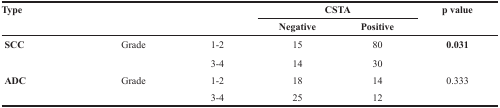
<table><thead><tr><td rowspan="2"><b>Type</b></td><td rowspan="2"></td><td rowspan="2"></td><td colspan="2"><b>CSTA</b></td><td rowspan="2"><b>p value</b></td></tr><tr><td><b>Negative</b></td><td><b>Positive</b></td></tr></thead><tbody><tr><td rowspan="2"><b>SCC</b></td><td rowspan="2">Grade</td><td>1-2</td><td>15</td><td>80</td><td rowspan="2"><b>0.031</b></td></tr><tr><td>3-4</td><td>14</td><td>30</td></tr><tr><td rowspan="2"><b>ADC</b></td><td rowspan="2">Grade</td><td>1-2</td><td>18</td><td>14</td><td rowspan="2">0.333</td></tr><tr><td>3-4</td><td>25</td><td>12</td></tr></tbody></table>